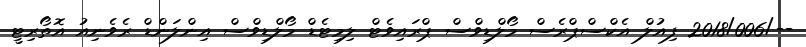
--/2018/006 ފިއުލް އެކްސްޕްރެސް މޯލްޑިވްސް ޕްރައިވެޓް ލިމިޓެޑް މޯލްޑިވްސް އިންލަންޑް ރެވެނިއު އޮތޯރިޓީ